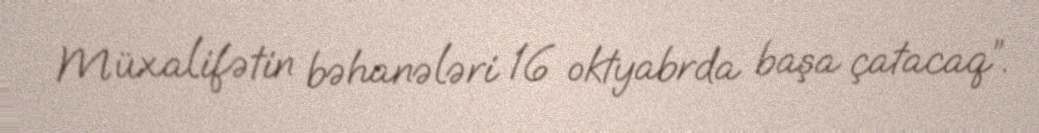
Müxalifətin bəhanələri 16 oktyabrda başa çatacaq”.